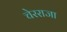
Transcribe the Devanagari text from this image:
चेरराजा